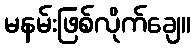
မနမ်းဖြစ်လိုက်ချေ။